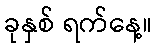
ခုနှစ် ရက်နေ့။